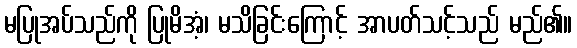
မပြုအပ်သည်ကို ပြုမိအံ့၊ မသိခြင်းကြောင့် အာပတ်သင့်သည် မည်၏။